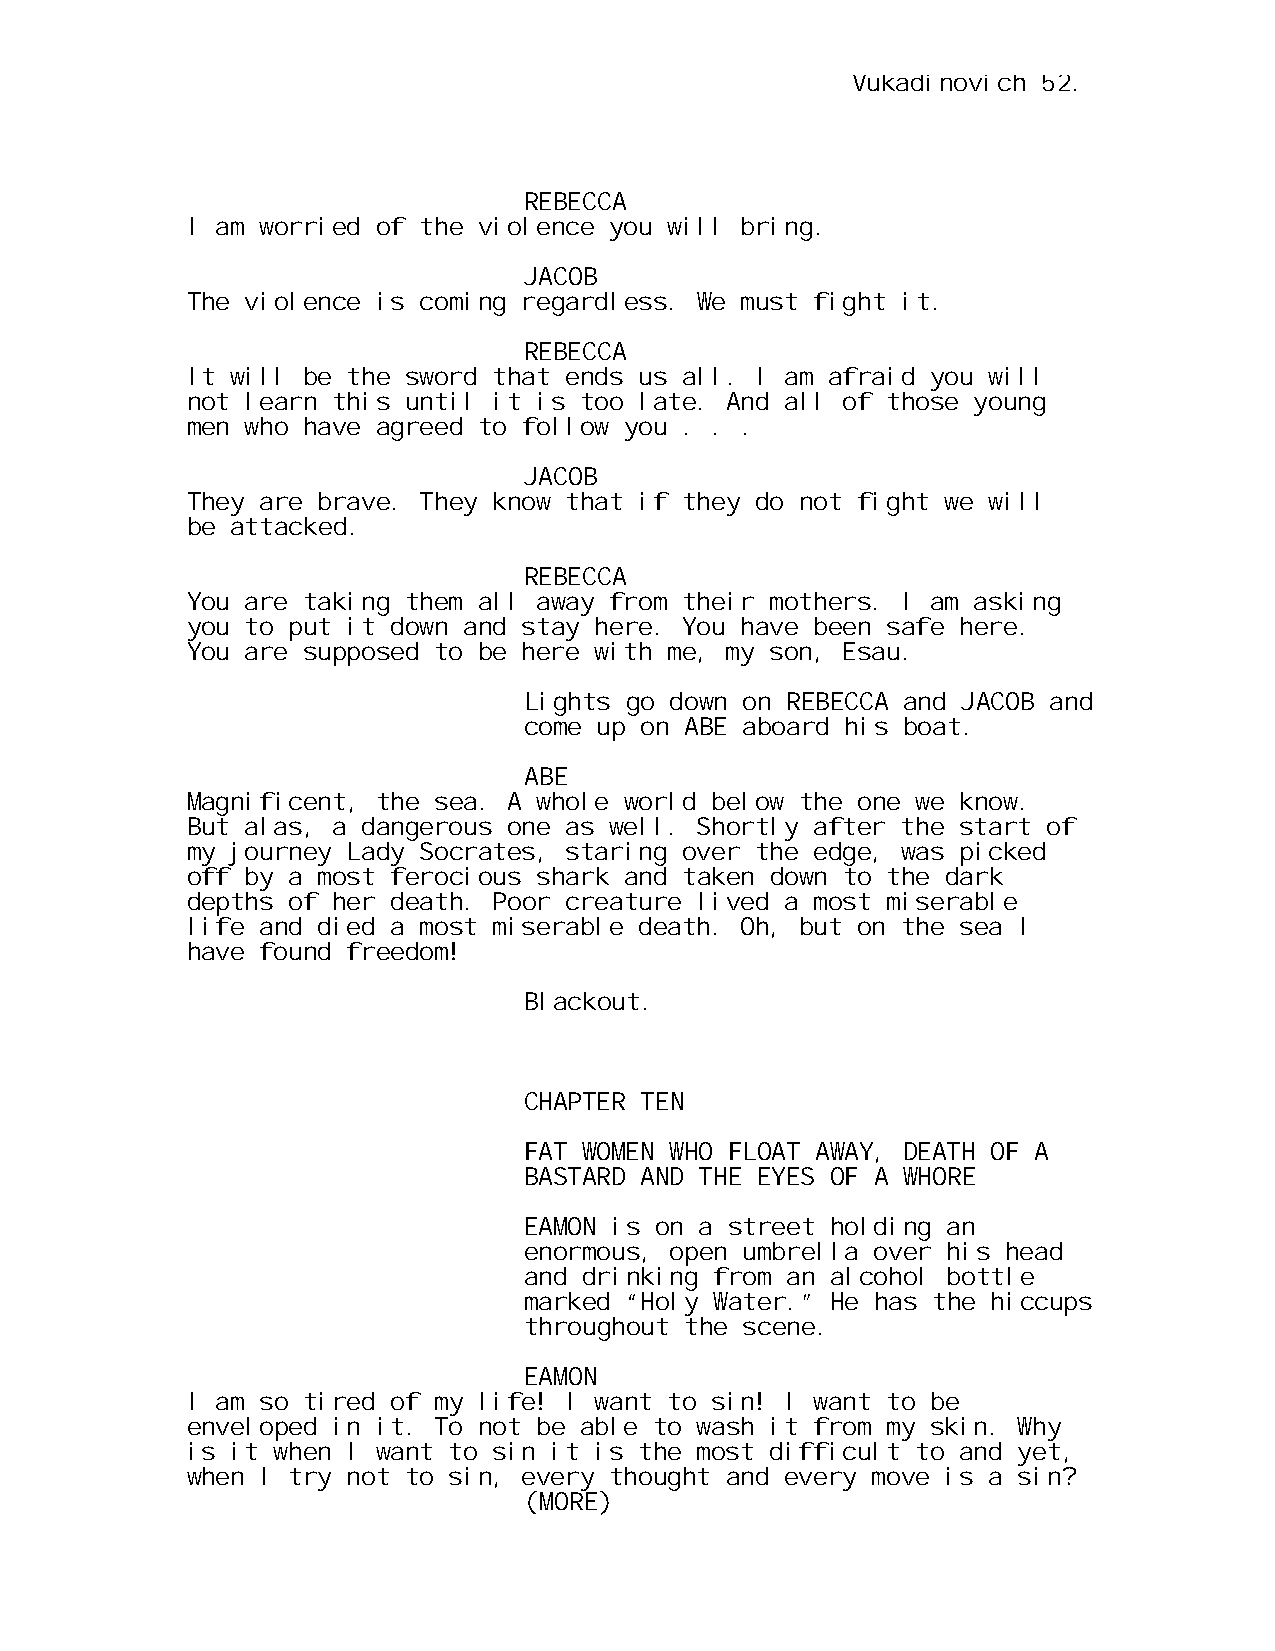
Vukadinovich 52.
 REBECCA
 I am worried of the violence you will bring.
 JACOB
 The violence is coming regardless. We must fight it.
 REBECCA
 It will be the sword that ends us all. I am afraid you will
 not learn this until it is too late. And all of those young
 men who have agreed to follow you . . .
 JACOB
 They are brave. They know that if they do not fight we will
 be attacked.
 REBECCA
 You are taking them all away from their mothers. I am asking
 you to put it down and stay here. You have been safe here.
 You are supposed to be here with me, my son, Esau.
 Lights go down on REBECCA and JACOB and
 come up on ABE aboard his boat.
 ABE
 Magnificent, the sea. A whole world below the one we know.
 But alas, a dangerous one as well. Shortly after the start of
 my journey Lady Socrates, staring over the edge, was picked
 off by a most ferocious shark and taken down to the dark
 depths of her death. Poor creature lived a most miserable
 life and died a most miserable death. Oh, but on the sea I
 have found freedom!
 Blackout.
 CHAPTER TEN
 FAT WOMEN WHO FLOAT AWAY, DEATH OF A
 BASTARD AND THE EYES OF A WHORE
 EAMON is on a street holding an
 enormous, open umbrella over his head
 and drinking from an alcohol bottle
 marked “Holy Water.” He has the hiccups
 throughout the scene.
 EAMON
 I am so tired of my life! I want to sin! I want to be
 enveloped in it. To not be able to wash it from my skin. Why
 is it when I want to sin it is the most difficult to and yet,
 when I try not to sin, every thought and every move is a sin?
 (MORE)